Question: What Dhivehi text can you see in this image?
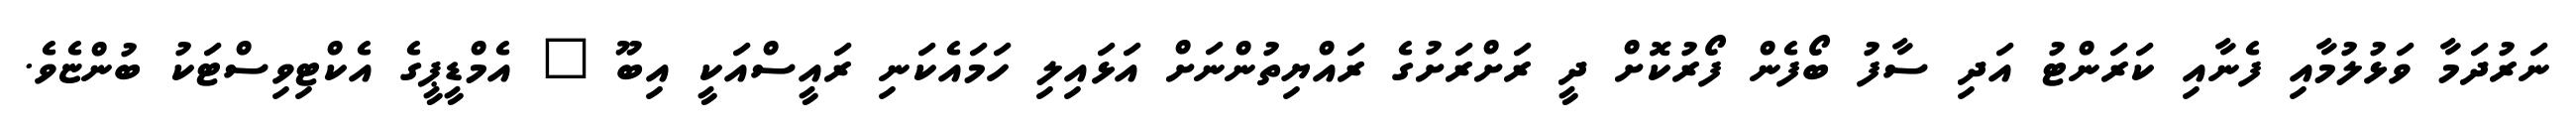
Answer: ނަރުދަމާ ވަޅުލުމާއި ފެނާއި ކަރަންޓު އަދި ސާފު ބޯފެން ފޯރުކޮށް ދީ ރަށްރަށުގެ ރައްޔިތުންނަށް އަޅައިލި ހަމައެކަނި ރައީސްއަކީ އިބޫ " އެމްޑީޕީގެ އެކްޓިވިސްޓަކު ބުންޏެވެ.